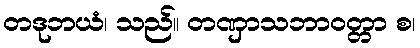
တဒုဘယံ၊ သည်။ တဏှာသဘာဝတ္တာ စ၊